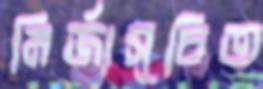
মির্জাসূচিত